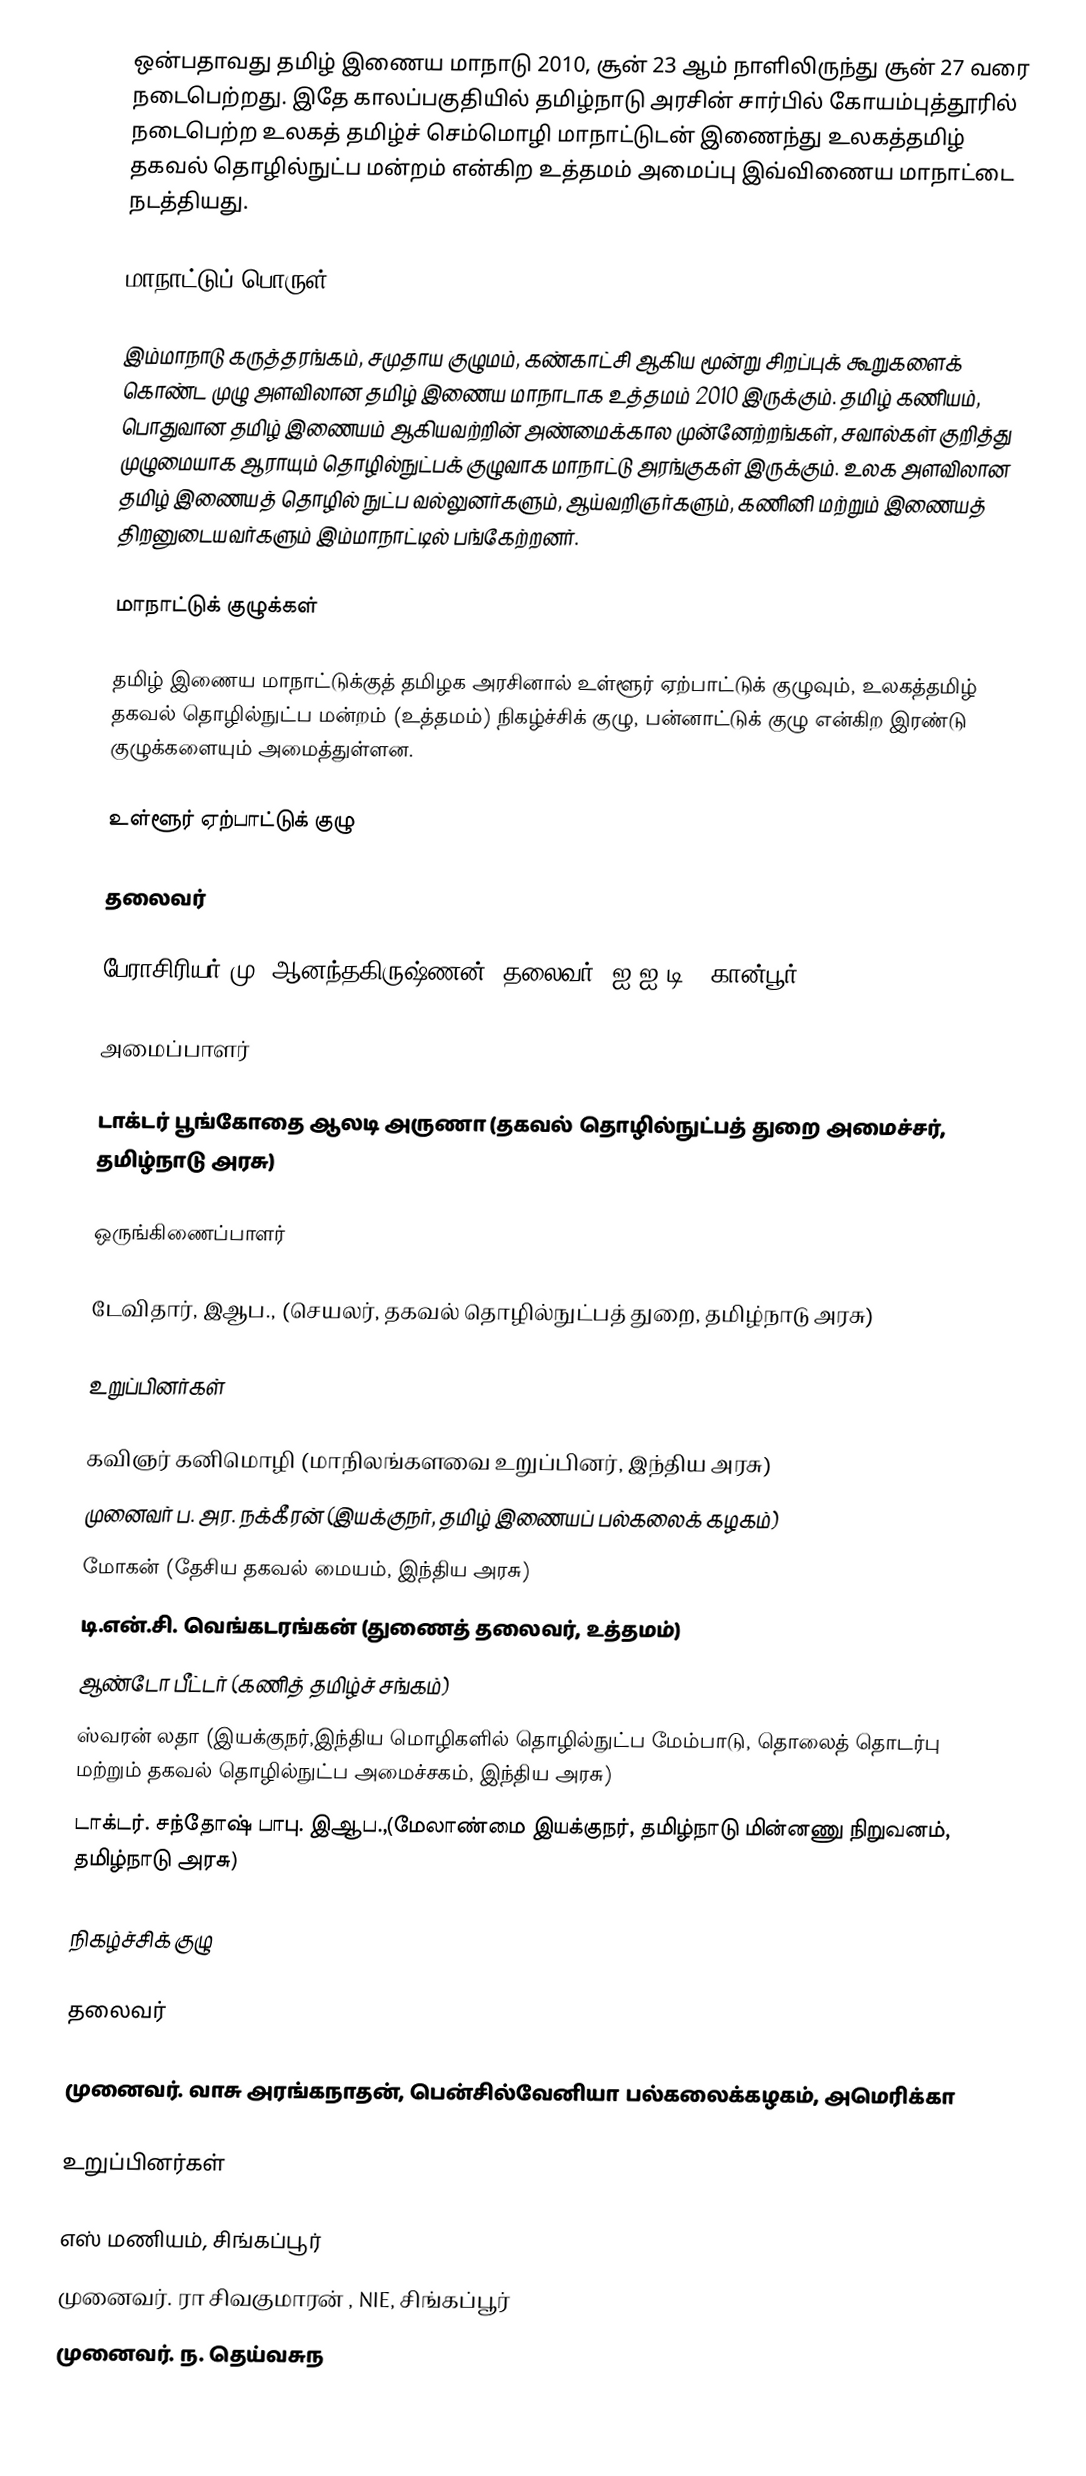
ஒன்பதாவது தமிழ் இணைய மாநாடு 2010, சூன் 23 ஆம் நாளிலிருந்து சூன் 27 வரை நடைபெற்றது. இதே காலப்பகுதியில் தமிழ்நாடு அரசின் சார்பில் கோயம்புத்தூரில் நடைபெற்ற உலகத் தமிழ்ச் செம்மொழி மாநாட்டுடன் இணைந்து உலகத்தமிழ் தகவல் தொழில்நுட்ப மன்றம் என்கிற உத்தமம் அமைப்பு இவ்விணைய மாநாட்டை நடத்தியது.

மாநாட்டுப் பொருள்

இம்மாநாடு கருத்தரங்கம், சமுதாய குழுமம், கண்காட்சி ஆகிய மூன்று சிறப்புக் கூறுகளைக் கொண்ட முழு அளவிலான தமிழ் இணைய மாநாடாக உத்தமம் 2010 இருக்கும். தமிழ் கணியம், பொதுவான தமிழ் இணையம் ஆகியவற்றின் அண்மைக்கால முன்னேற்றங்கள், சவால்கள் குறித்து முழுமையாக ஆராயும் தொழில்நுட்பக் குழுவாக மாநாட்டு அரங்குகள் இருக்கும். உலக அளவிலான தமிழ் இணையத் தொழில் நுட்ப வல்லுனர்களும்,  ஆய்வறிஞர்களும், கணினி மற்றும் இணையத் திறனுடையவர்களும் இம்மாநாட்டில்  பங்கேற்றனர்.

மாநாட்டுக் குழுக்கள்

தமிழ்  இணைய மாநாட்டுக்குத் தமிழக அரசினால் உள்ளூர் ஏற்பாட்டுக் குழுவும், உலகத்தமிழ் தகவல் தொழில்நுட்ப மன்றம் (உத்தமம்) நிகழ்ச்சிக் குழு, பன்னாட்டுக் குழு என்கிற இரண்டு குழுக்களையும் அமைத்துள்ளன.

உள்ளூர் ஏற்பாட்டுக் குழு

தலைவர்

 பேராசிரியர் மு. ஆனந்தகிருஷ்ணன் (தலைவர், ஐ.ஐ.டி., கான்பூர்)

அமைப்பாளர்

டாக்டர் பூங்கோதை ஆலடி அருணா (தகவல் தொழில்நுட்பத் துறை அமைச்சர், தமிழ்நாடு அரசு)

ஒருங்கிணைப்பாளர்

 டேவிதார், இஆப., (செயலர், தகவல் தொழில்நுட்பத் துறை, தமிழ்நாடு அரசு)

உறுப்பினர்கள்

 கவிஞர் கனிமொழி (மாநிலங்களவை உறுப்பினர், இந்திய அரசு)
 முனைவர் ப. அர. நக்கீரன் (இயக்குநர், தமிழ் இணையப் பல்கலைக் கழகம்)
 மோகன் (தேசிய தகவல் மையம், இந்திய அரசு)
 டி.என்.சி. வெங்கடரங்கன் (துணைத் தலைவர், உத்தமம்)
 ஆண்டோ பீட்டர் (கணித் தமிழ்ச் சங்கம்)
 ஸ்வரன் லதா (இயக்குநர்,இந்திய மொழிகளில்  தொழில்நுட்ப மேம்பாடு, தொலைத் தொடர்பு மற்றும் தகவல் தொழில்நுட்ப அமைச்சகம், இந்திய அரசு)
 டாக்டர். சந்தோஷ் பாபு. இஆப.,(மேலாண்மை இயக்குநர், தமிழ்நாடு மின்னணு நிறுவனம், தமிழ்நாடு அரசு)

நிகழ்ச்சிக் குழு

தலைவர்

 முனைவர். வாசு அரங்கநாதன், பென்சில்வேனியா பல்கலைக்கழகம், அமெரிக்கா

உறுப்பினர்கள்

 எஸ் மணியம், சிங்கப்பூர்
 முனைவர். ரா சிவகுமாரன் , NIE, சிங்கப்பூர்
 முனைவர். ந. தெய்வசுந